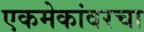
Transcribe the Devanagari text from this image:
एकमेकांवरचा